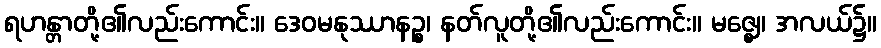
ရဟန္တာတို့၏လည်းကောင်း။ ဒေဝမနုဿာနဉ္စ၊ နတ်လူတို့၏လည်းကောင်း။ မဇ္ဈေ၊ အလယ်၌။